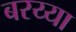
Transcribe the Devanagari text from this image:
बरय्या